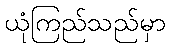
ယုံကြည်သည်မှာ